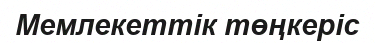
Мемлекеттік төңкеріс